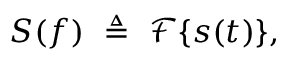
S ( f ) \ \triangleq \ { \mathcal { F } } \{ s ( t ) \} ,